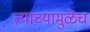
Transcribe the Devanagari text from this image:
त्याच्यामुळेंच